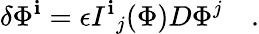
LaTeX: \delta\Phi^{\mathbf{i}}=\epsilon{I^{\mathbf{i}}}_{j}(\Phi)D\Phi^{j}\quad.